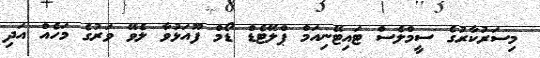
މިސަރުކާރުގެ ސީމްލެސް ޓައިޓޭނިއަމް ޕްލޭޓެޑް ޑޯމް ފޫއަޅުވާ ލެވޭ ވަރުގެ މަހެއް އަދި